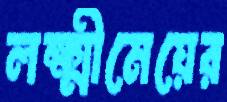
লক্ষ্মীমেয়ের